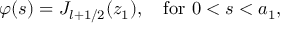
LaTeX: \varphi ( s ) = { \cal J } _ { l + 1 / 2 } ( z _ { 1 } ) , \quad \mathrm { f o r } \ 0 < s < a _ { 1 } ,